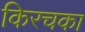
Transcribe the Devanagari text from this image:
किरचका